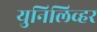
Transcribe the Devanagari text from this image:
युनिलिव्हर